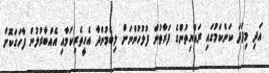
އަދި މިފަދަ ކަންކަމުގައި ރައްޔިތުންގެ ފަރާތުން ފުލުހުންނަށް ލިބެމުންދާ އެހީތެރިކަމާއި އެއްބާރުލުން ފާހަގަކޮށް